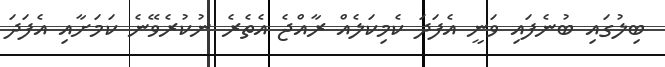
ބިލުގައި ބުނެފައި ވަނީ އެފަދަ ކެމިކަލެއް ރާއްޖެ އެތެރެ ނުކުރެވޭނެ ކަމަށާއި އެފަދަ